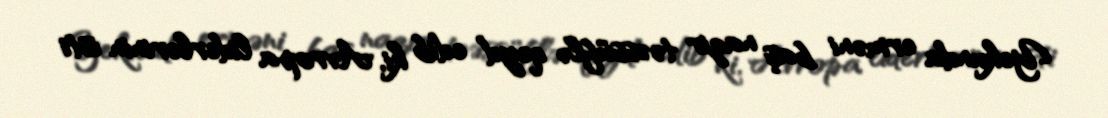
Yekunda erməni baş nazir təəssüflə qeyd edib ki, Avropa liderlərinin isti